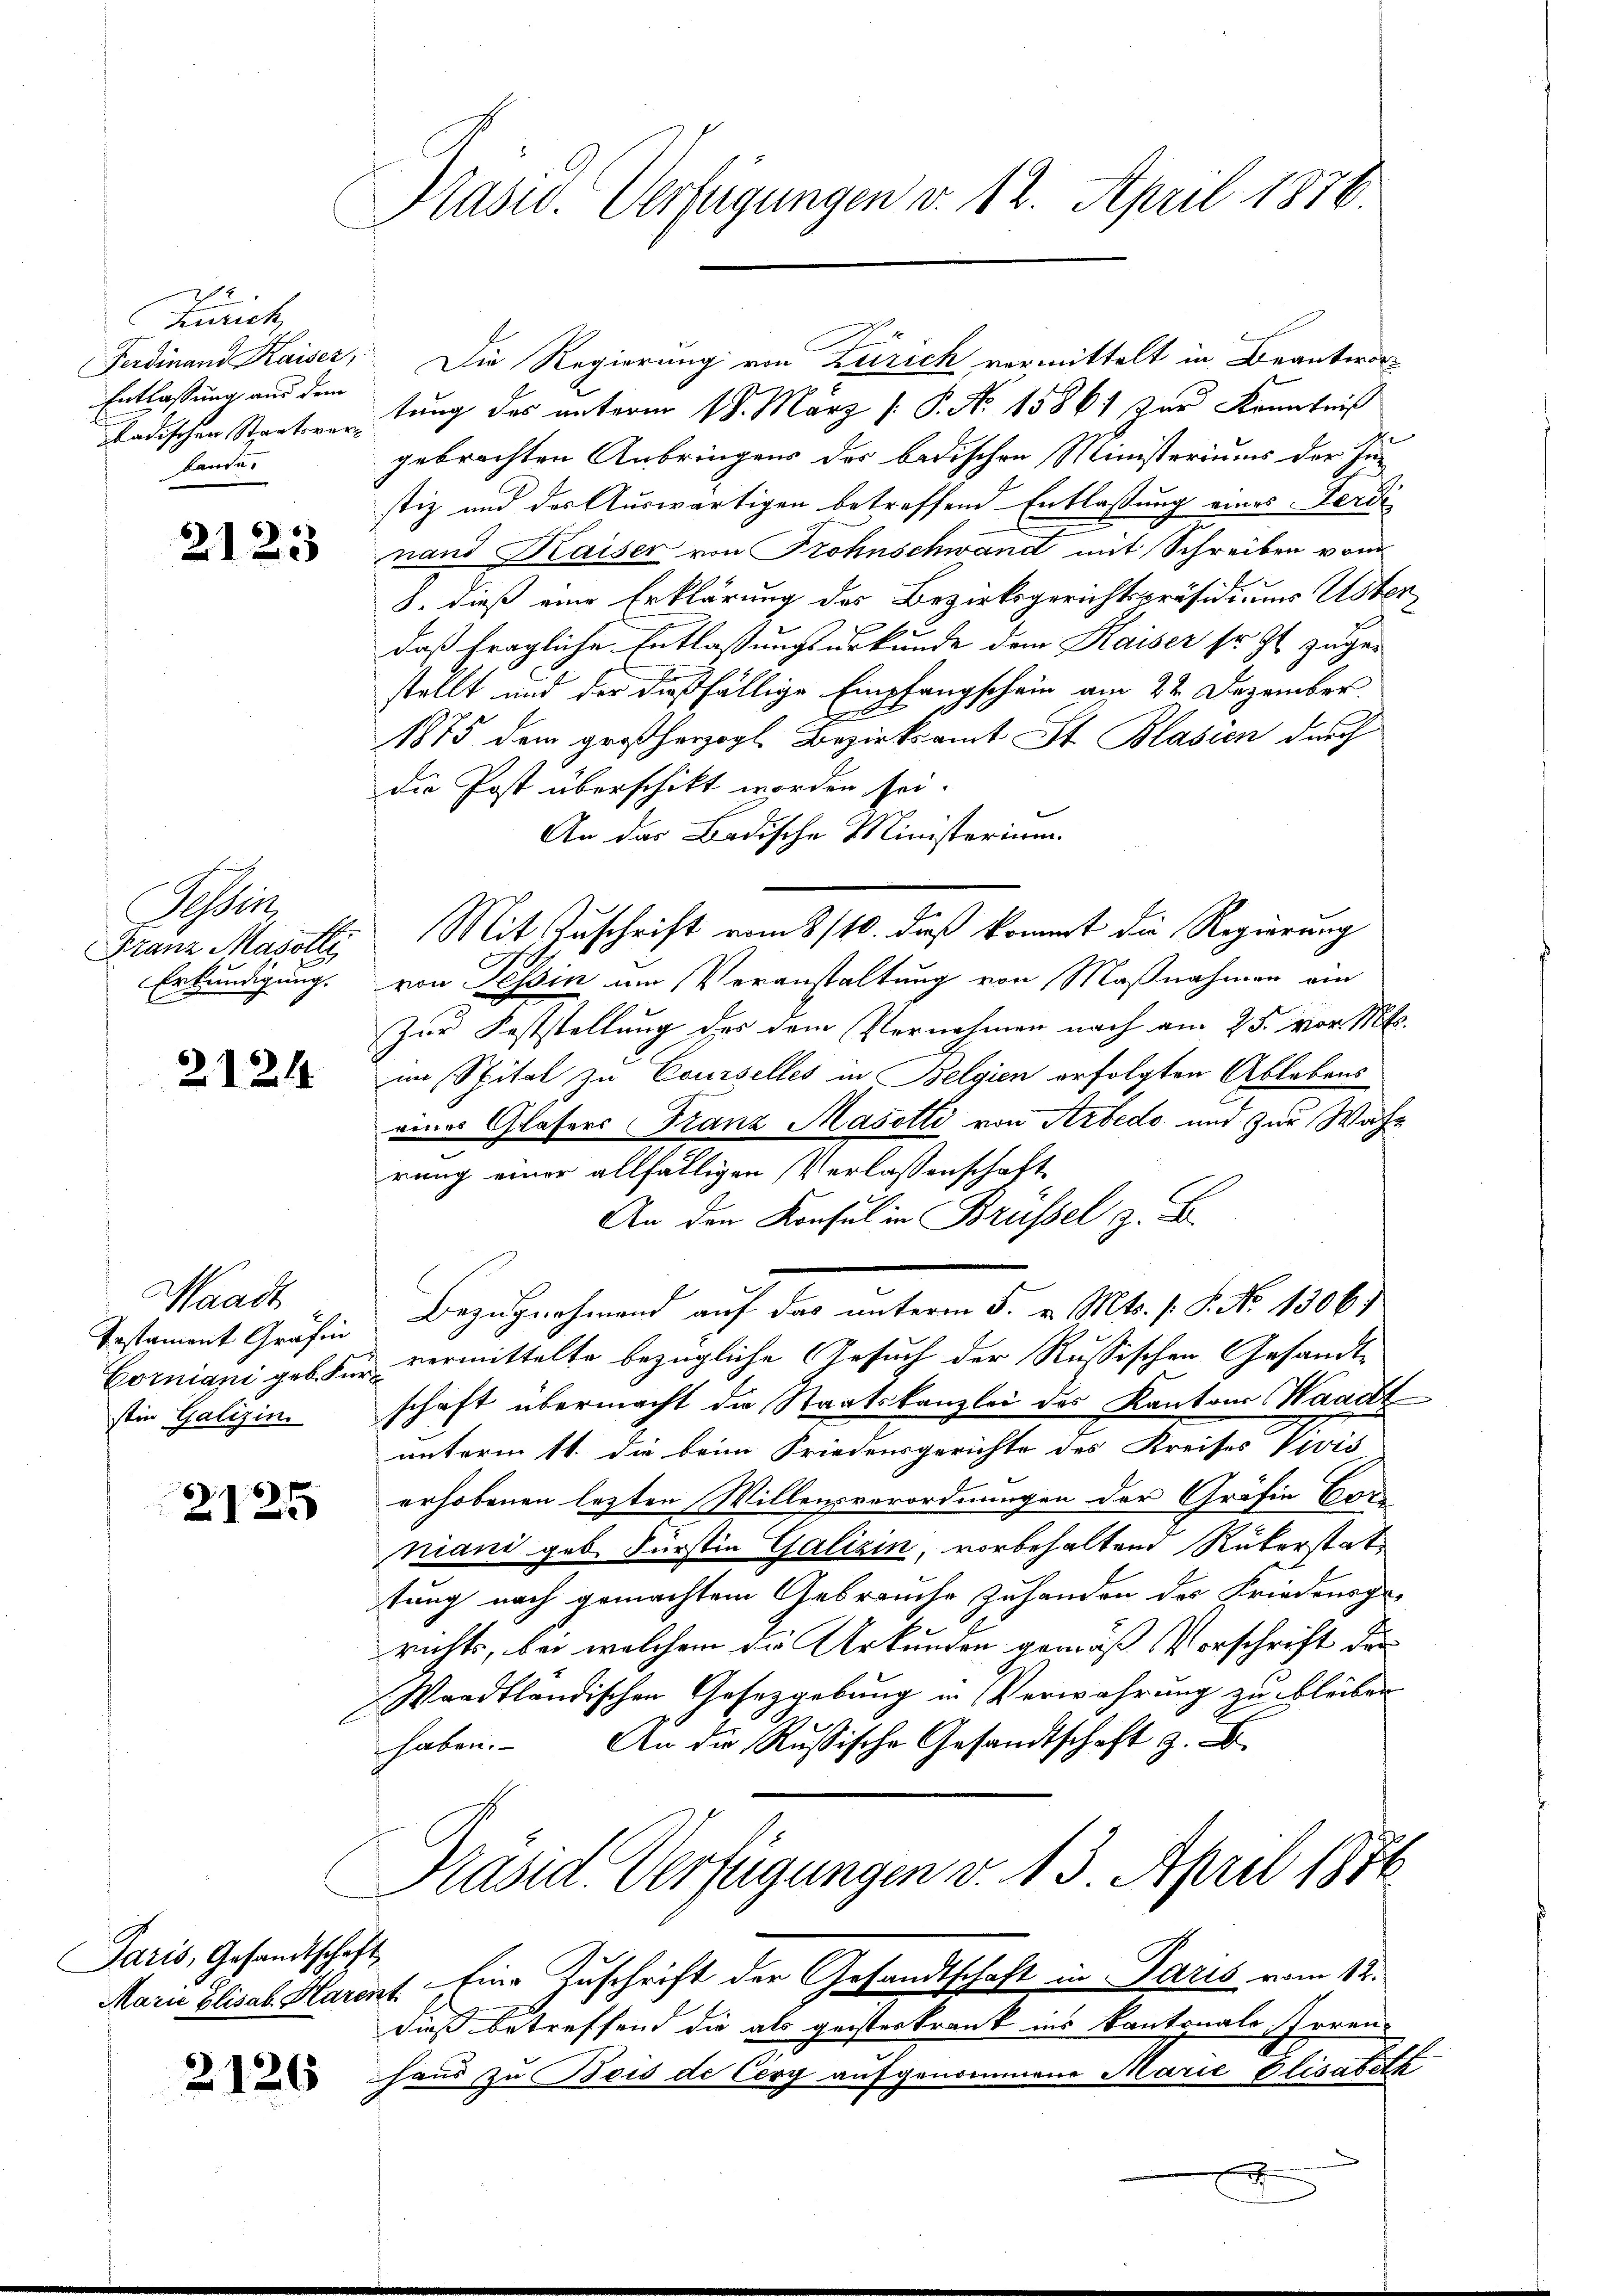
Zürich
Entlassung aus dem
Badischen Staatsverbander

2123

Ser
Erkundigung.

2121

Waadt
stin Galizin.

2125

Paris, Gesandtschaft

2126

Präsid. Verfügungen v. 12. April 1876.

Ferdinand Kaiser, Die Regierung von Zürich vormittelt in Beantwortung des unterm 18. März [ P. No 15861 zur Kenntniß
gebrachten Anbringens der badischen Ministeriums der In-
stiz und der Auswärtigen betreffend Entlaßung eines Ferdi
nand Kaiser von Frohnschwand mit Schreiben vom
8. dieß eine Erklärung des Bezirksgerichtspräsidiums Usterdaß fragliche Entlaßungsurkunde dem Kaiser so gl. zugestellt und der dießfällige Empfangschein am 22. Dezember.
1875 dem großherzogl. Bezirksamt St. Blasien durch
die Post überschikt worden sei.
An das Badische Ministerium
Franz Majolle Mit Zuschrift vom 8/10. daß kommt die Regierung
von Tessin um Veranstaltung von Maßnahmen ein
Zur Feststellung des dem Vernehmen nach am 25. vor. Mts.
im Spital zu Courselles in Belgien erfolgten Ablebens
eines Glasers Franz Masotti von Arbedo und zur Wahr
rung einer allfälligen Verlassenschaft
An den Konsul in Brüssel z. B.
Testament Gräfin Bezugnahmend auf das unterm 5. v. Mts. f. 8. No. 1306/
Corniani geb. Für vermittelte bezügliche Gesuch der Russischen Gesandtschaft übermacht die Staatskanzlei des Kantons Waadt
unterm 11. die beim Friedensgerichte des Kreises Divis
erhobenen lezten Willensverordnungen der Gräfin Bede
niani geb. Fürstin Galizin, vorbehaltend Rükerstattung nach gemachtem Gebrauche zuhanden des Friedensge-
richts, bei welchem die Urkunden gemäß Vorschrift der
Waadtländischen Gesetzgebung in Verwahrung zu bleiben
An die Russische Gesandtschaft z.
haben.
Präsid. Verfügungen v. 13. April 1876
Mara Elisab. Harent - Eine Zuschrift der Gesandtschaft in Paris vom 12.
dieß betreffend die als geisteskrank ins Kantonale Irrenhaus zu Bois de Cerg aufgenommene Marie Elisabeth
x